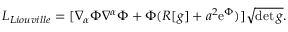
{ \cal L } _ { L i o u v i l l e } = [ \nabla _ { \alpha } \Phi \nabla ^ { \alpha } \Phi + \Phi ( R [ g ] + a ^ { 2 } \mathrm { e } ^ { \Phi } ) ] \sqrt { \operatorname * { d e t } g } .